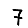
Digit: 7